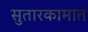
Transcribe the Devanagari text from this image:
सुतारकामात